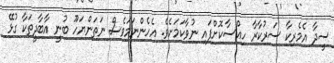
ސީދާ އެމެރިކާ ސަރުކާރާ ހިއްސާކޮށްފައި ނުވާކަމަށެވެ. އެހެންނަމަވެސް ނަތަންޔަހޫ ބުނީ އާބާދީތަކާ ގުޅޭ